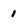
Character: 1